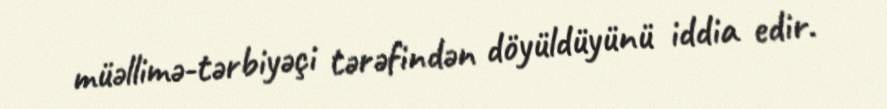
müəllimə-tərbiyəçi tərəfindən döyüldüyünü iddia edir.